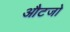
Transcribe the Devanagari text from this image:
औटजो